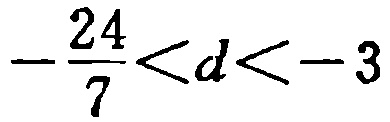
\(-\frac{24}{7}<d<-3\)